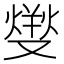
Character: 𤍛